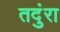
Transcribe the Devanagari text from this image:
तदुंरा